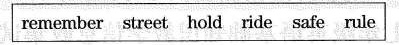
remember street hold ride safe rule